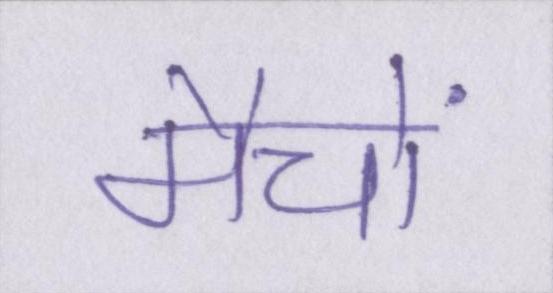
मैचों